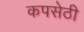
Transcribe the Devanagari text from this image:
कपसेठी